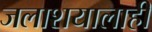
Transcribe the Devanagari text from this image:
जलाशयालाही